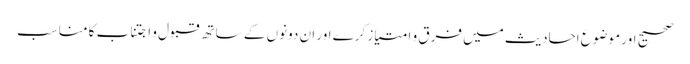
صحیح اور موضوع احادیث میں فرق و امتیاز کرے اور ان دونوں کے ساتھ قبول و اجتناب کا مناسب